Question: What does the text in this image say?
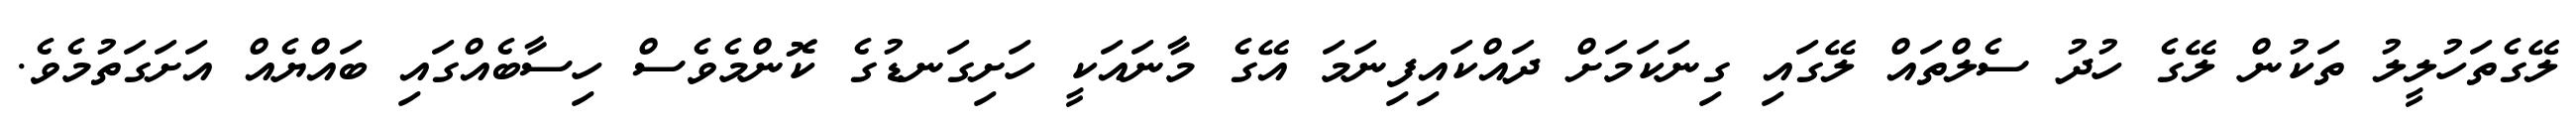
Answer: ލޭގެތަހުލީލު ތަކުން ލޭގެ ހުދު ސެލްތައް ލޭގައި ގިނަކަމަށް ދައްކައިފިނަމަ އޭގެ މާނައަކީ ހަށިގަނޑުގެ ކޮންމެވެސް ހިސާބެއްގައި ބައްޔެއް އަށަގަތުމެވެ.